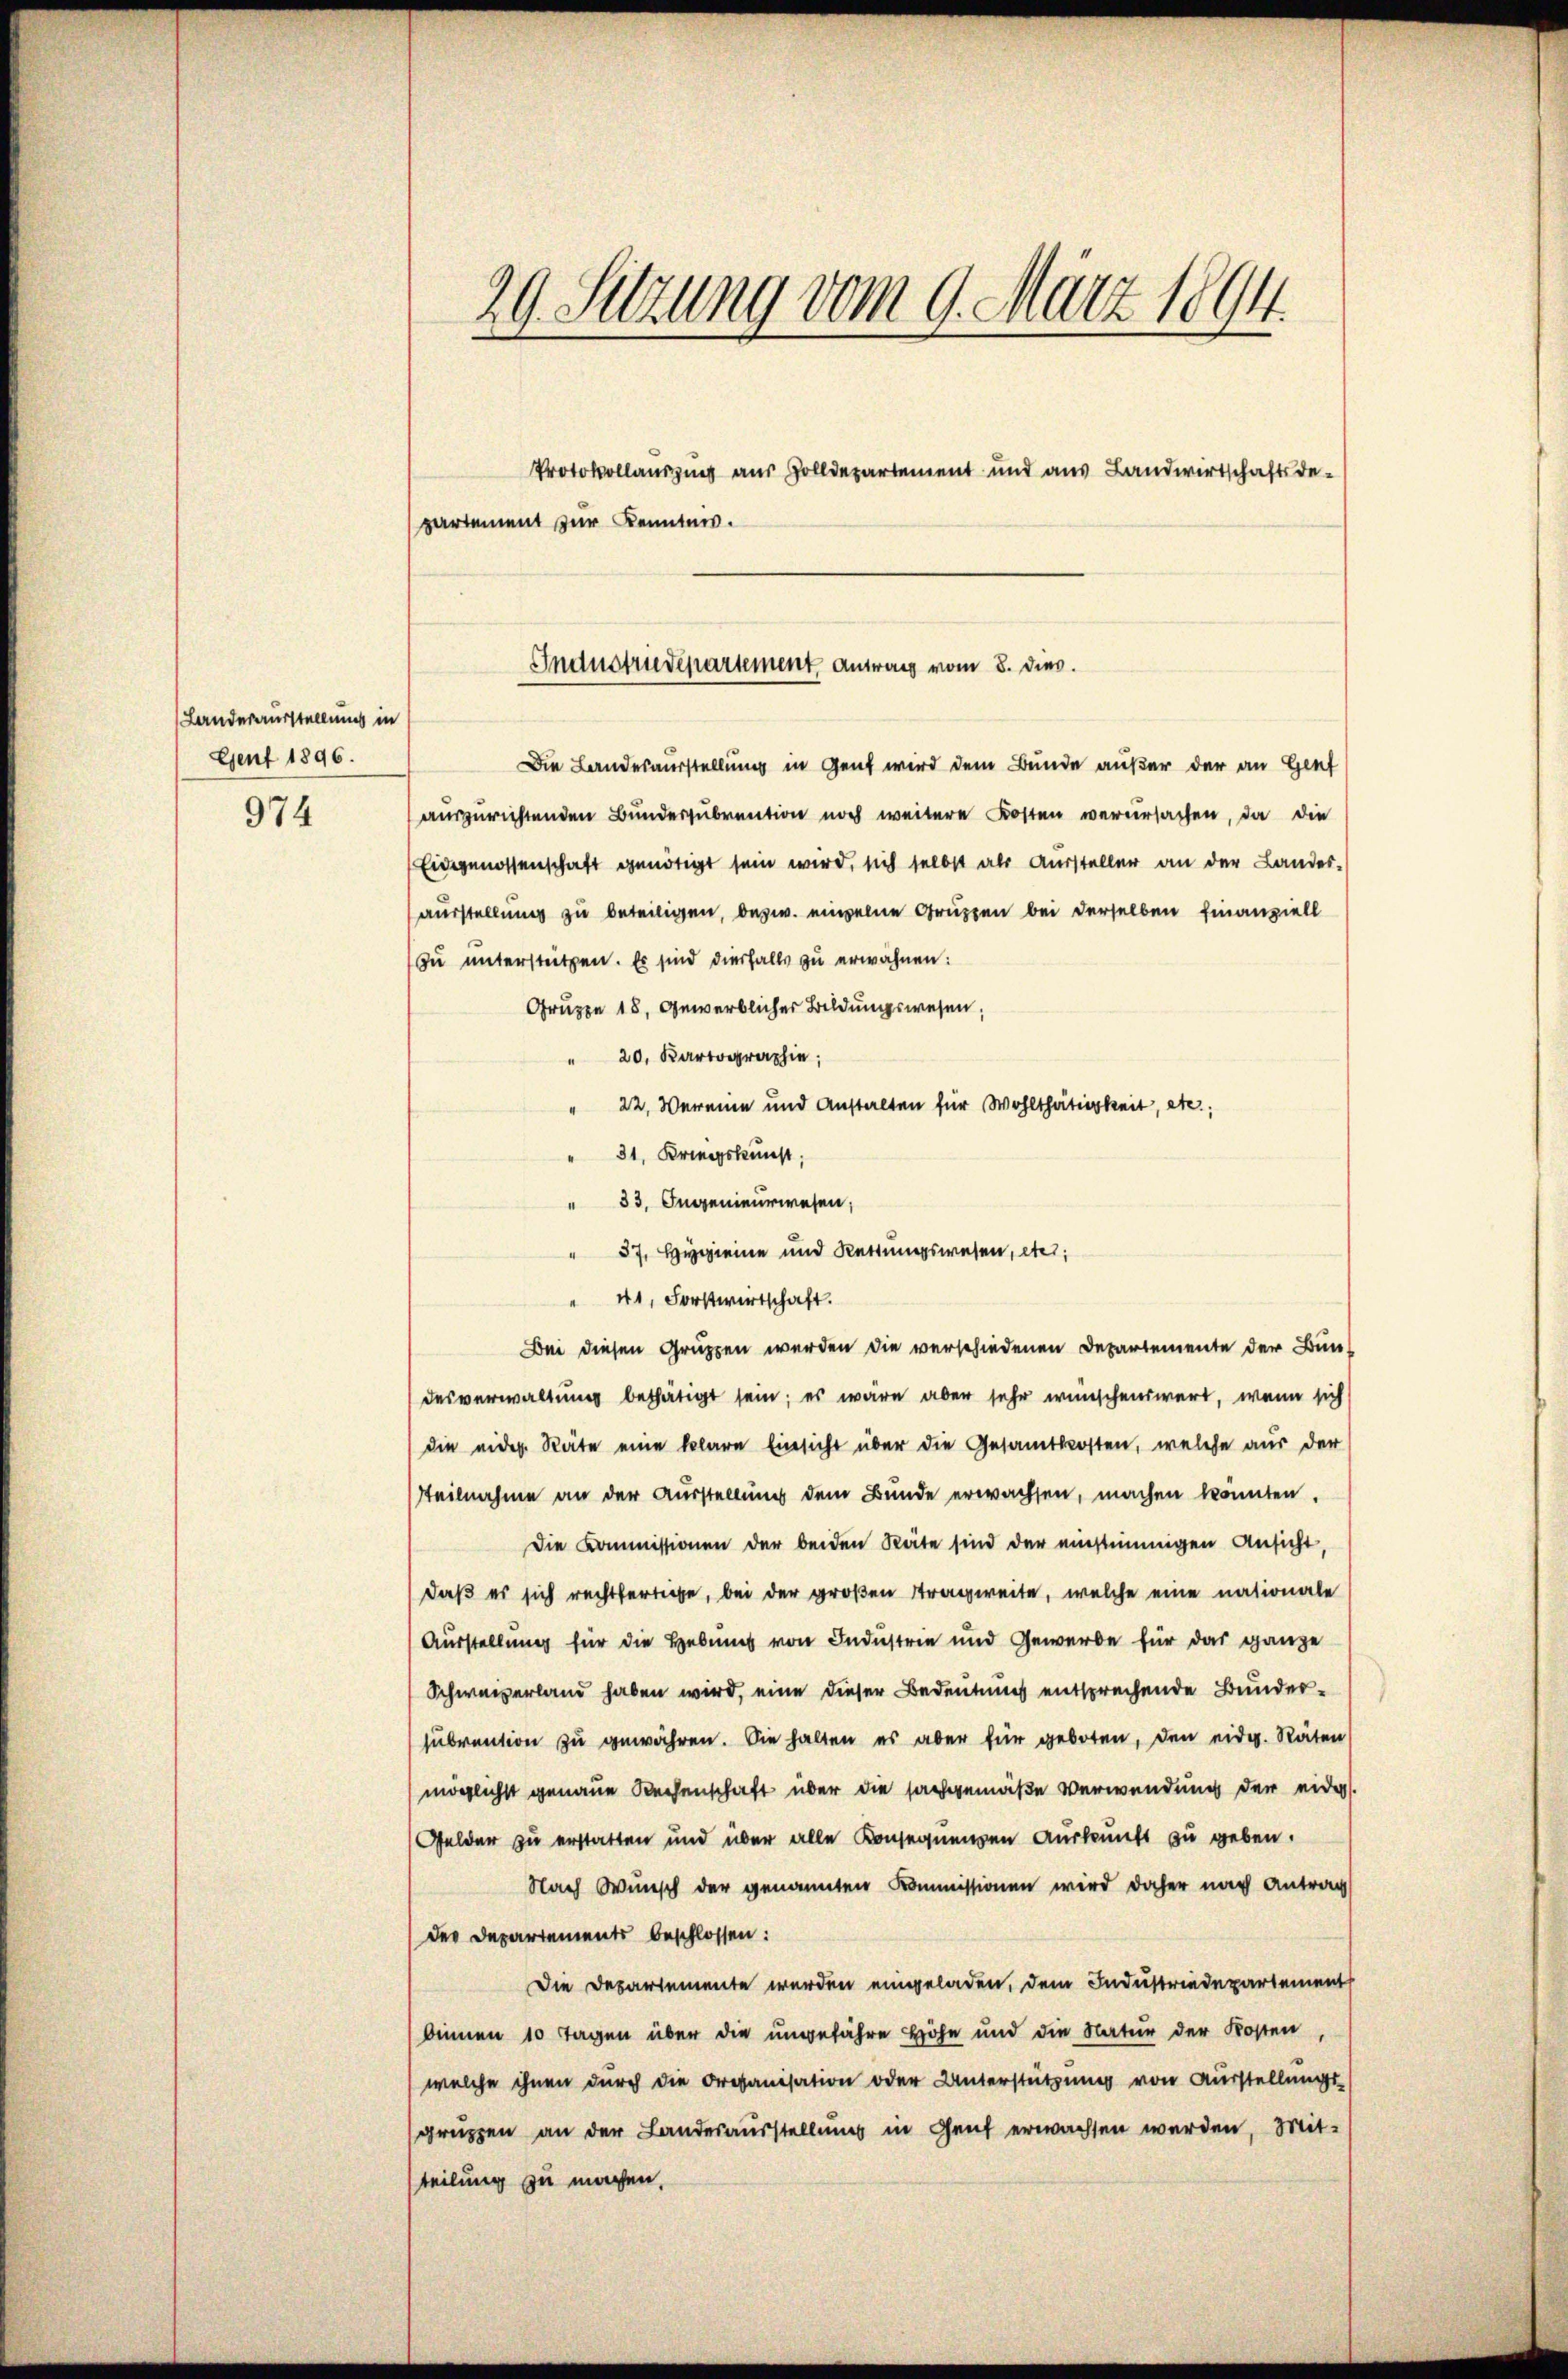
Landesausstellung in
Gent 1896.

974

29. Sitzung vom 9. März 1894.

Protokollauszug aus Zolldepartement und aus Landwirtschaftsde-
partement zur Kenntnis.

Die Landesausstellung in Genf wird dem Bunde außer der an Gent
auszurichtenden Bunderzubrention noch weitere Kosten verursachen, da die
Eidgenossenschaft genötigt sein wird, sich selbst als Aussteller an der Landes-
(ausstellung zu beteiligen, bezw. einzelne Gruppen bei derselben finanziell
zu unterstützen. Es sind diesfalls zu erwähnen:
Gruppe 18, Gewerblicher Bildungswesen,
" 20. Kartographie,
" 22, Vereine und Anstalten für Wohlthätigkeit, etc.,
" 31, Kriegskunst.
" 33. Ingenieurwesen,
" 57, Hygieine und Rettungswesen, etc.
" 41, Forstwirtschaft.
Bei diesen Gruppen werden die verschiedenen Departemente der Bun-
desverwaltung bethätigt sein; es wäre aber sehr wünschenswert, wenn sich
die eider Räte eine klare Einsicht über die Gesamtkosten, welche aus der
tteilnahme an der Ausstellung dem Bunde erwachsen, machen könnten.
Die Kommissionen der beiden Räte sind der einstimmigen Ansicht,
daß es sich rechtfertige, bei der großen Tragweite, welche eine nationale
Ausstellung für die Hebung von Industrie und Gewerbe für das ganze
Schwarzerland haben wird, eine dieser Bedeutung entsprechende Bundersubvention zu gewähren. Die halten es aber für geboten, den eidg. Räten
möglichst genaue Rechenschaft über die sachgemäße Verwendung der eider
Gelder zu erstatten und über alle Konsequenzen Auskunft zu geben.
Nach Wunsch der genannten Kommissionen wird daher nach Antrag
der Departements beschlossen:
Die Departemente werden eingeladen, dem Industriedepartement
binnen 10 Tagen über die ungefähre Höhe und die Natur der Kosten,
welche ihnen durch die Organisation oder Unterstützung von Ausstellungs-
gruppen an der Landesausstellung in Genf erwachsen werden, Mit-
teilung zu machen,

Industriedepartement Antrag vom 8. dies.